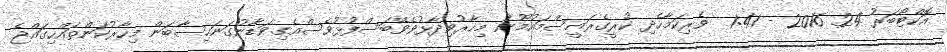
އޮކްޓޯބަރު 24